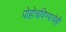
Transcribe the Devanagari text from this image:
पोहोचविण्याचेही